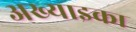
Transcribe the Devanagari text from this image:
अख्याइका